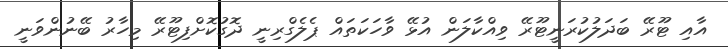
އާއި ޓޫރޭ ބަދަލުކުރަނީޓޫރޭ ވިއްކާލަން އުޅޭ ވާހަކަތައް ޕެލެގްރިނީ ދޮގުކޮށްފިޓޫރޭ މިހާރު ބޭނުންވަނީ